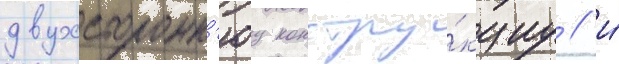
двухсторонн'юу констру́кциу / и́